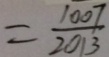
= \frac { 1 0 0 7 } { 2 0 1 3 }